Tezpur Lunatic Asylum reports 1877-1894 - 1877-1894
Year: 1877
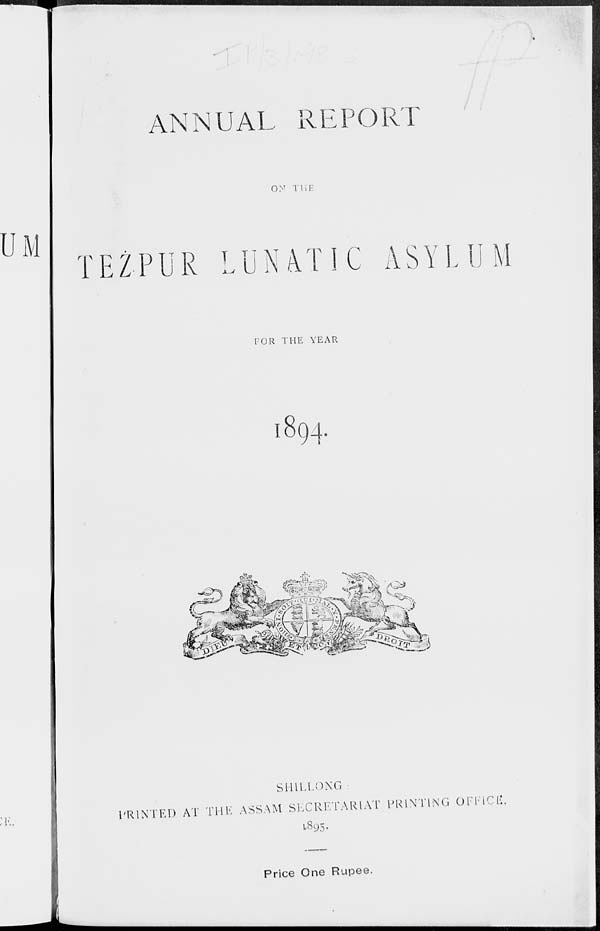
ANNUAL REPORT
UM
0> T THE
TEZPUR LUNATIC ASYLUM
FOR THE YEAR
I 8 94
SHiLLONG •
PRINTED AT THE ASSAM SECRETARIAT PRINTING OFEICli,
1S95.
Price One Rupee.